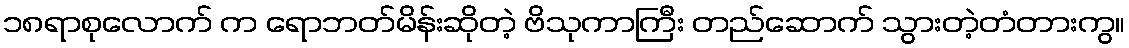
၁၈ရာစုလောက် က ရောဘတ်မိန်းဆိုတဲ့ ဗိသုကာကြီး တည်ဆောက် သွားတဲ့တံတားကွ။